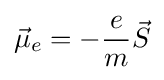
{\vec {\mu }}_{e}=-{\frac {e}{m}}{\vec {S}}